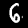
Label: 6